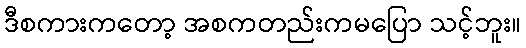
ဒီစကားကတော့ အစကတည်းကမပြော သင့်ဘူး။